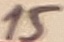
Text: 15